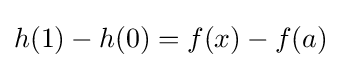
h(1)-h(0)=f(x)-f(a)